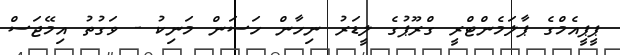
ޕީޕީއެމްގެ ޕާލަމެންޓްރީ ގްރޫޕުގެ ލީޑަރު ނިހާން ހަސަން މަނިކު - ވަގުތު އިމޭޖަސް